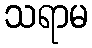
သရာမ